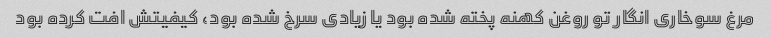
مرغ سوخاری انگار تو روغن کهنه پخته شده بود یا زیادی سرخ شده بود، کیفیتش افت کرده بود